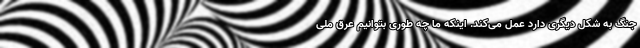
جنگ به شکل دیگری دارد عمل می‌کند. اینکه ما چه طوری بتوانیم عِرق ملی